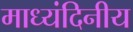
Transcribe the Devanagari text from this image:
माध्यंदिनीय